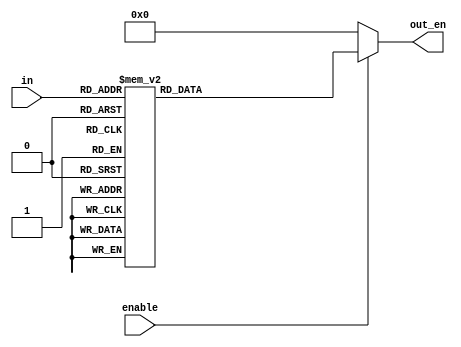
`timescale 1ns / 1ps
//////////////////////////////////////////////////////////////////////////////////
// Company: 
// Engineer: 
// 
// Design Name: 
// Module Name: position_decoder
// Project Name: 
// Target Devices: 
// Tool Versions: 
// Description: 
// 
// Dependencies: 
// 
// Revision:
// Revision 0.01 - File Created
// Additional Comments:
// 
//////////////////////////////////////////////////////////////////////////////////


module position_decoder(in,enable,out_en);
input [3:0] in;
input enable;
output wire [15:0] out_en;
reg [15:0] temp1;
assign out_en = (enable==1'b1)?temp1:16'd0;
always @(*)
begin
case(in)
4'd0:temp1<=16'b0000000000000001;
4'd1:temp1<=16'b0000000000000010; 
4'd2:temp1<=16'b0000000000000100;
4'd3:temp1<=16'b0000000000001000;
4'd4:temp1<=16'b0000000000010000;
4'd5:temp1<=16'b0000000000100000;
4'd6:temp1<=16'b0000000001000000;
4'd7:temp1<=16'b0000000010000000;
4'd8:temp1<=16'b0000000100000000;
4'd9:temp1<=16'b0000001000000000;
4'd10:temp1<=16'b0000010000000000;
4'd11:temp1<=16'b0000100000000000;
4'd12:temp1<=16'b0001000000000000;
4'd13:temp1<=16'b0010000000000000;
4'd14:temp1<=16'b0100000000000000;
4'd15:temp1<=16'b1000000000000000;
default:temp1<=16'b0000000000000001; 
endcase 
end 
endmodule